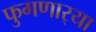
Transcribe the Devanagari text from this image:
फुगणार्‍या